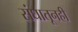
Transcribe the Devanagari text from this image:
संघातूनही